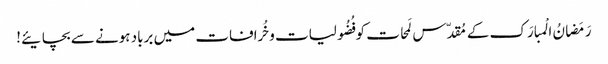
رَمَضانُ الْمبارَک کے مُقدّس لَمحات کو فُضُولیات وخُرافات میں برباد ہونے سے بچایئے!